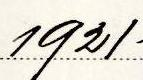
1921